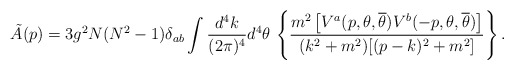
\begin{align*}\tilde{A}(p) = 3 g^{2}N(N^{2}-1)\delta_{ab} \int \frac{d^{4}k}{(2\pi)^{4}} d^{4}\theta \, \left\{\frac{m^{2}\left[ V^{a}(p,\theta,{\overline\theta}) V^{b}(-p,\theta,{\overline\theta})\right]}{(k^{2}+m^{2})[(p-k)^{2}+m^{2}]} \right\} . \end{align*}